Indian journal of veterinary science and animal husbandry - Volumes 24-25, 1954-1955
Year: 1954
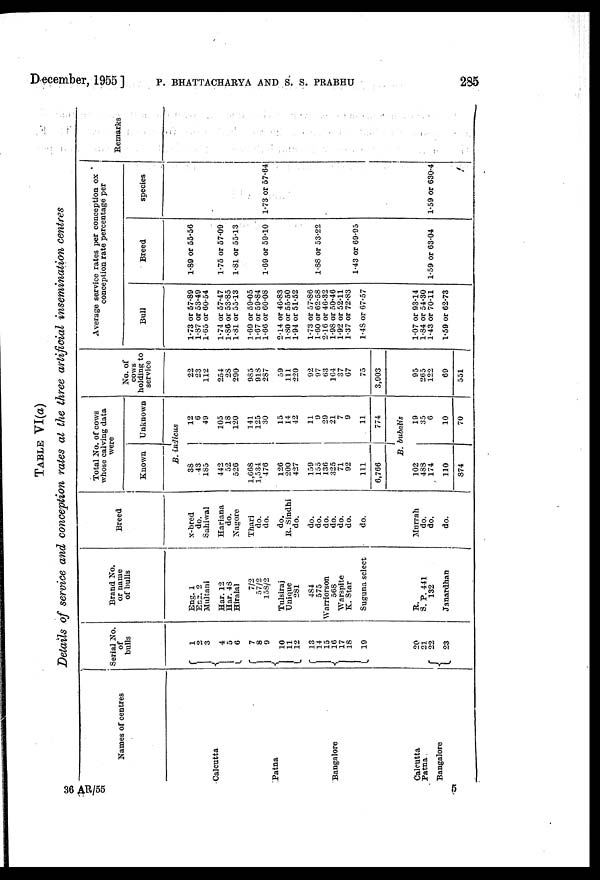
December, 1955 ] P. BHATTACHARYA AND S. S. PRABHU 285
TABLE VI(a)
Details of service and conception rates at the three artificial insemination centres
Names of centres
Calcutta
Patna
Bangalore
Calcutta
Patna
Bangalore
Serial No.
of
bulls
1
2 3
4 5
6
7
8
9
10 11
12
13
14
15
16
17
18
19
20
21
22
23
Brand No.
or name
of bulls
Eng. 1
Eng. 2
Multani
Har. 12
Har. 43
Hiralal
7/2
57/2
158/2
Tulsiraj
Unique
281
484
575
Warriorson
568
Warspite
K. Star
Suguna select
R.
S. P. 441
132
Janardhan
Breed
x-bred
do.
Sahiwal
Hariana
do.
Nagore
Thari
do.
do.
do.
R. Sindhi
do.
do.
do.
do.
do.
do.
do.
do.
Murrah
do.
do.
do.
Total No. of cows
whose calving data
were
Known
Unknown
B. indicus
38
43
185
442
52
526
1,668
1,534
476
126
200
427
159
155
136
325
71
92
111
6,766
12
6
49
105
18
120
141
125
30
15
14
42
11
9
29
21
7
9
11
774
B. bubalis
102
488
174
110
874
19
35
6
10
70
No. of
cows
holding to
service
22
23
112
254
28
290
935
918
287
59
111
220
92
97
63
104
37
67
75
3,903
95
265
122
69
551
Average service rates per conception ox
conception rate percentage per
Bull
1.73 or 57.89
1.87 or 53.49
1.65 or 60.54
1.74 or 57.47
1.86 or 53.85
1.81 or 55.13
1.69 or 59.05
1.67 or 59.84
1.66 or 60.08
2.14 or 46.83
1.80 or 55.50
1.94 or 51.52
1.73 or 57.86
1.60 or 62.58
2.16 or 46.32
1.98 or 50.46
1.92 or 52.11
1.37 or 72.83
1.48 or 67.57
1.07 or 93.14
1.84 or 54.30
1.43 or 70.11
1.59 or 62.73
Breed
1.89 or 55.56
1.75 or 57.09
1.81 or 55.13
1.69 or 59.10
1.88 or 53.22
1.43 or 69.95
1.59 or 63.04
species
1.73 or 57.64
1.59 or 630.4
Remarks
36 AR/55